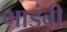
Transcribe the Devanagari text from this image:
भाडंवी